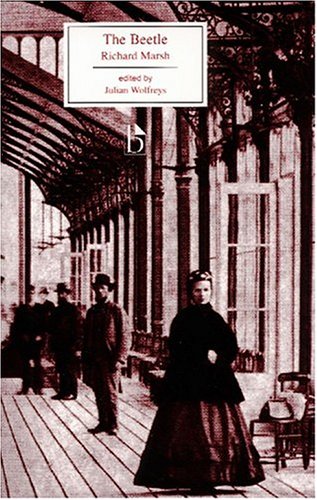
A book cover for The Beetle (Broadview Editions); Richard Marsh; Literature & Fiction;